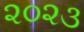
૨૦૨૩